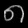
Digit: ၈